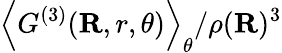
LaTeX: {\left\langle{G^{(3)}}(\mathbf{R},r,\theta)\right\rangle_{\theta}}/{\rho(\mathbf{R})^{3}}